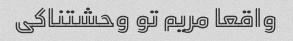
واقعا مریم تو وحشتناکی